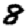
Digit: 8